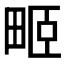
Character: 𤱻